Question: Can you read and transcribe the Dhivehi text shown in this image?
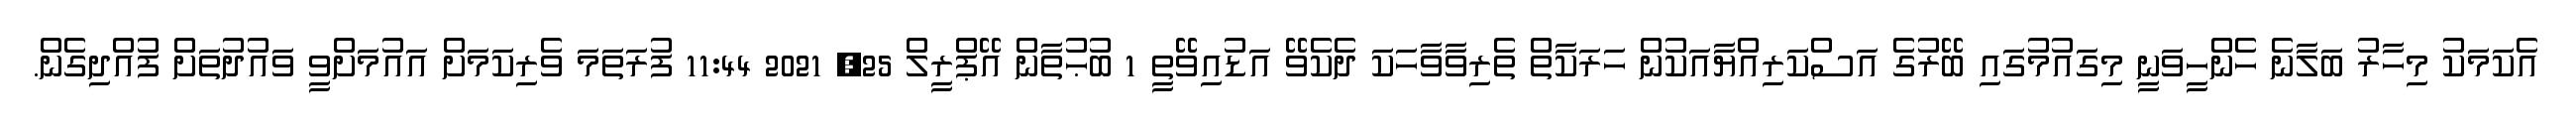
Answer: އެކަމަކު މިހާރު ބަލާނެ ހެންހީވަނީ މިގައުމުގައި ބޭރުގެ އަސްކަރިއްޔާއަކުން ހަރަކާތް ތެރިވާވާހަކަ ދެކެވޭ އަޑުއިވޭތީ 1 ބުޙުތާން އޭޕްރީލް 25, 2021 11:44 ފުރަތަމަ ވެރިކަމަށް އައުމަށްވީ ވައުދުތަށް ފުއްދިގެން.